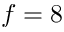
f = 8